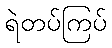
ရဲတပ်ကြပ်